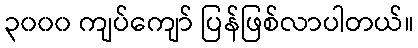
၃၀၀၀ ကျပ်ကျော် ပြန်ဖြစ်လာပါတယ်။